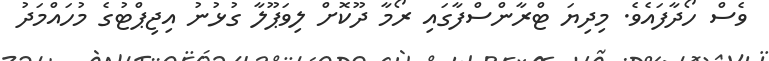
ވެސް ހޯދާފައެވެ. މިދިޔަ ޓްރާންސްފާގައި ރޯމާ ދޫކޮށް ލިވަޕޫލާ ގުޅުނު އިޖިޕްޓުގެ މުހައްމަދު